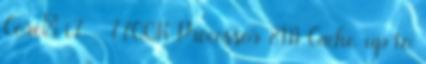
Core™ i7 - 7700K Processor 8M Cache, up to